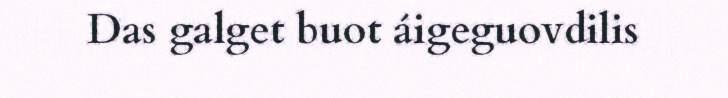
Das galget buot áigeguovdilis